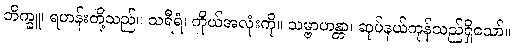
ဘိက္ခူ၊ ရဟန်းတို့သည်။ သရီရံ၊ ကိုယ်အလုံးကို။ သမ္ဗာဟန္တာ၊ ဆုပ်နယ်ကုန်သည်ရှိသော်။